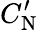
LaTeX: C_{\textrm{N}}^{\prime}